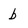
Character: b